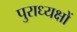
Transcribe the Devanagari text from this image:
पुराध्यक्षों